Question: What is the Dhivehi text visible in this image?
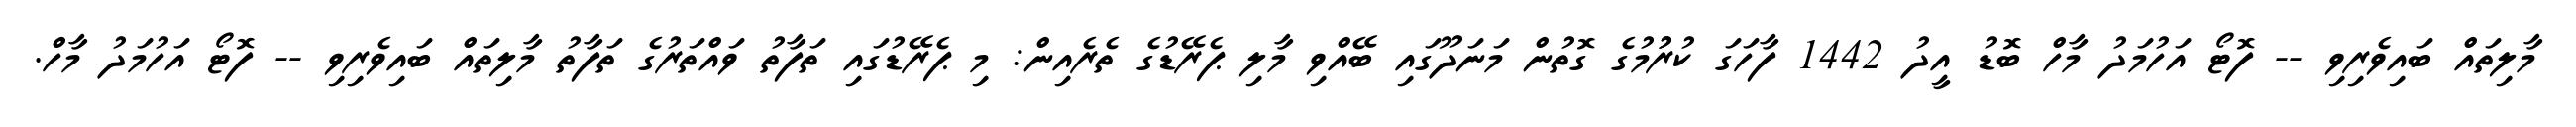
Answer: މާލިތައް ބައިވެރިވި -- ފޮޓޯ އަހުމަދު މާހް ބޮޑު އީދު 1442 ފާހަގަ ކުރުުމުގެ ގޮތުން މަނަދޫގައި ބޭއްވި މާލި ޕެރޭޑުގެ ތެރެއިން: މި ޕެރޭޑުގައި ތަފާތު ވައްތަރުގެ ތަފާތު މާލިތައް ބައިވެރިވި -- ފޮޓޯ އަހުމަދު މާހް.